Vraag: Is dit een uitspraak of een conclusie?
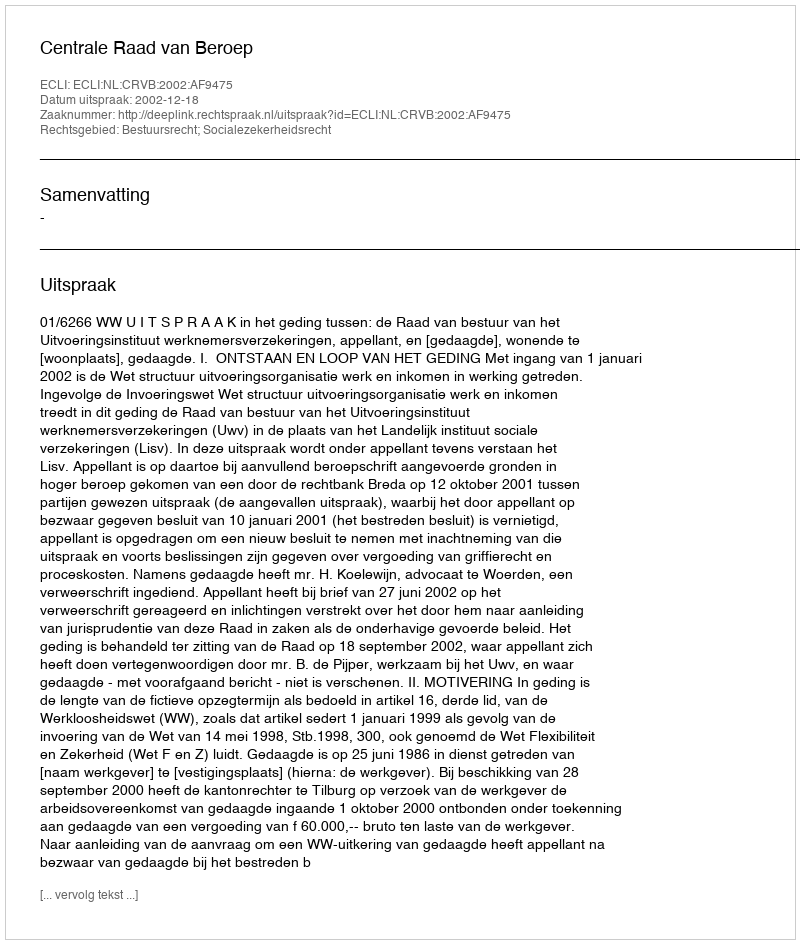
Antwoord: Uitspraak